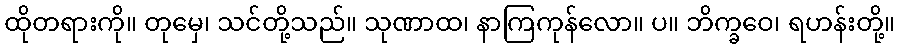
ထိုတရားကို။ တုမှေ၊ သင်တို့သည်။ သုဏာထ၊ နာကြကုန်လော။ ပ။ ဘိက္ခဝေ၊ ရဟန်းတို့။